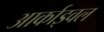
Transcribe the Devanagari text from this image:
आर्काइवल